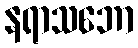
နရာသဘော